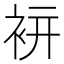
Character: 𧙒